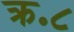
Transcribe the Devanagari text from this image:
क्र॰८